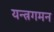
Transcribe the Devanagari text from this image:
यन्त्रगमन